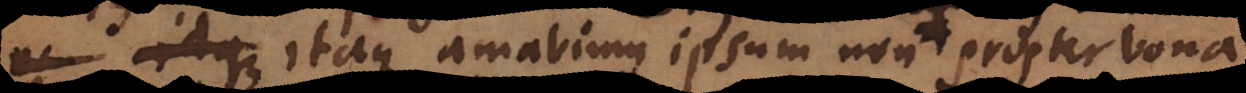
Itaque amabimus ipsum non propter bona